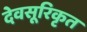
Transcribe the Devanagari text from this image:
देवसूरिकृत